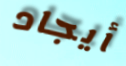
أيجاد